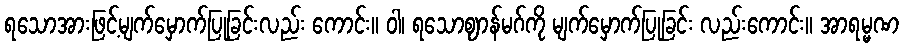
ရသောအားဖြင့်မျက်မှောက်ပြုခြင်းလည်း ကောင်း။ ဝါ၊ ရသောဈာန်မဂ်ကို မျက်မှောက်ပြုခြင်း လည်းကောင်း။ အာရမ္မဏ